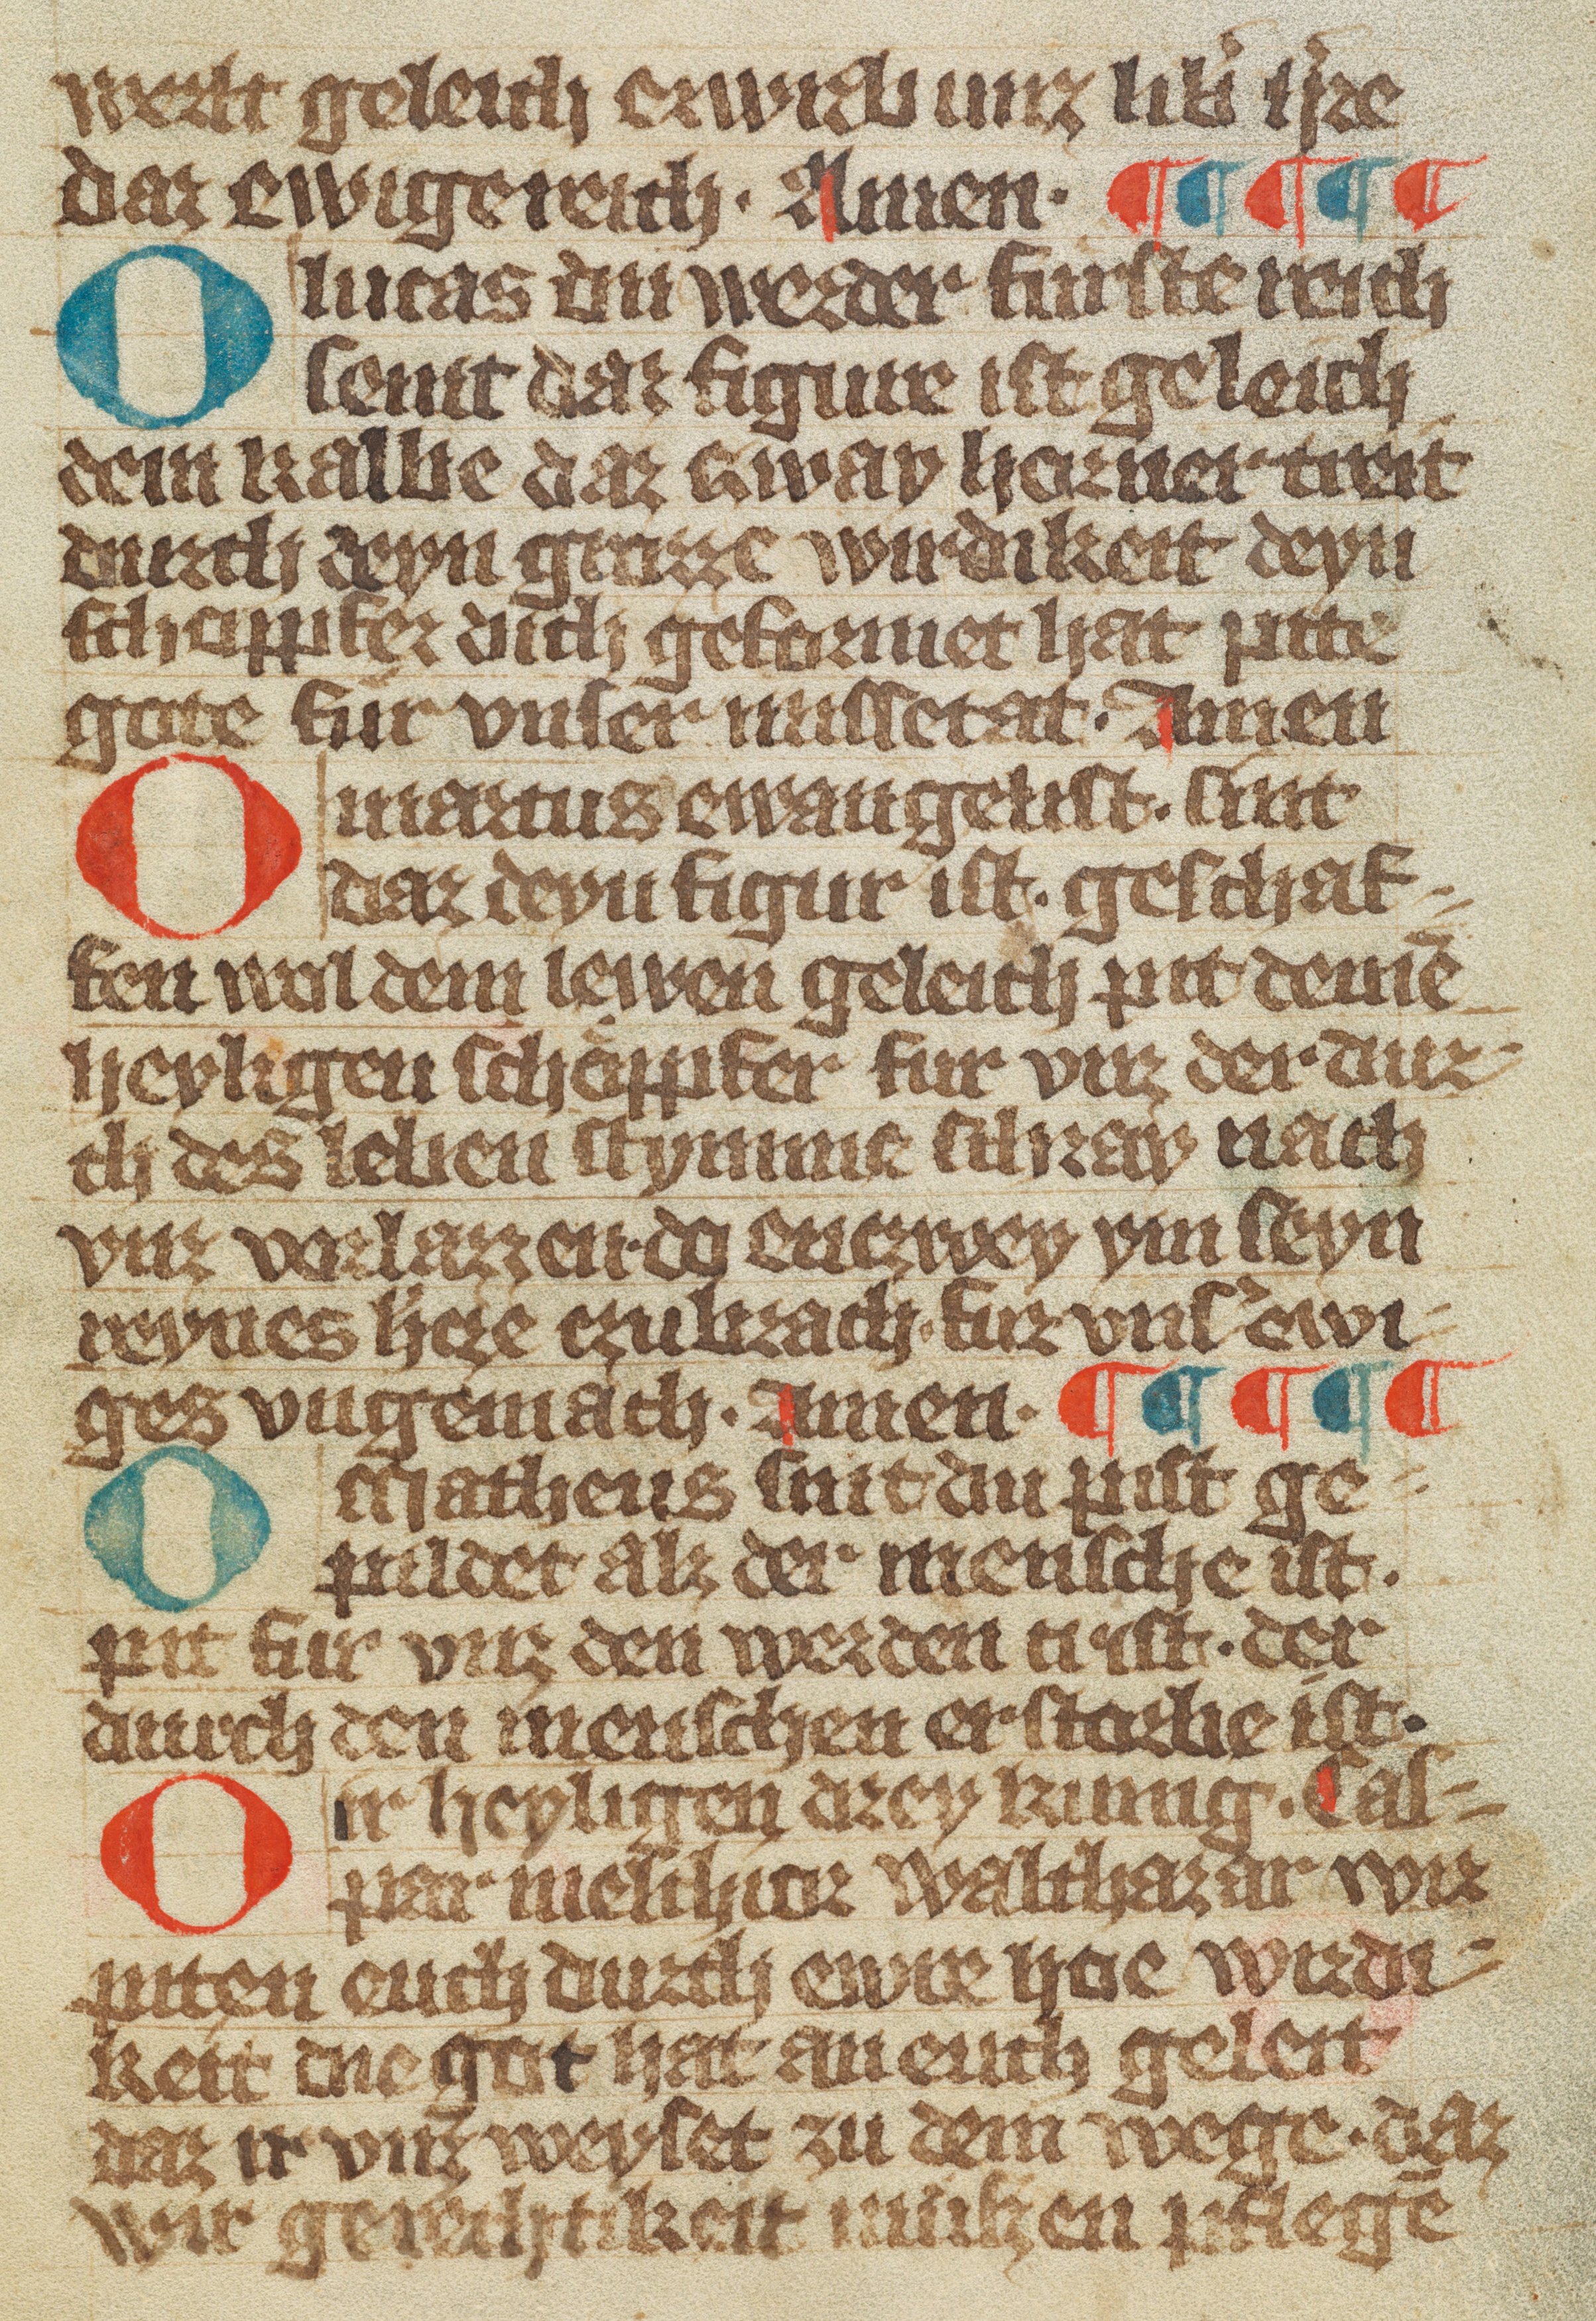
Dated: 1370–1449